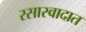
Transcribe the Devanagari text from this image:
रसास्वादात